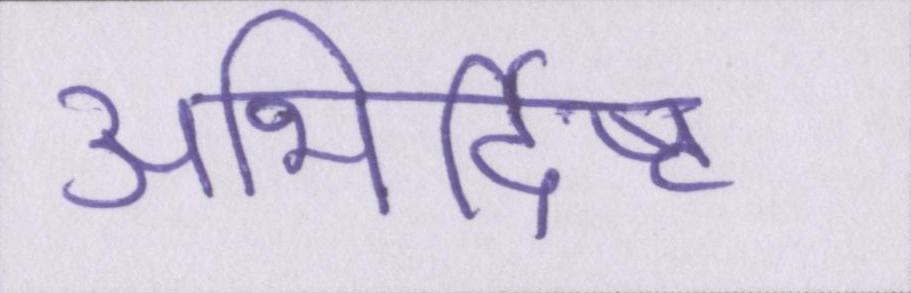
अभिर्दिष्ट